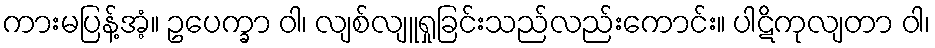
ကားမပြန့်အံ့။ ဥပေက္ခာ ဝါ၊ လျစ်လျူရှုခြင်းသည်လည်းကောင်း။ ပါဋိကုလျတာ ဝါ၊